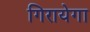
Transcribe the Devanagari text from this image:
गिरायेगा